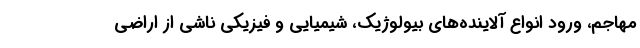
مهاجم، ورود انواع آلاینده‌های بیولوژیک، شیمیایی و فیزیکی ناشی از اراضی